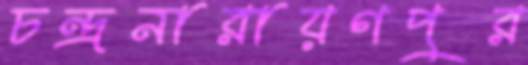
চন্দ্রনারায়ণপুর